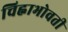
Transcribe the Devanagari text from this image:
चिह्नाभोवती